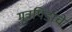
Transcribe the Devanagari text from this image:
मूत्रपिंडाचे